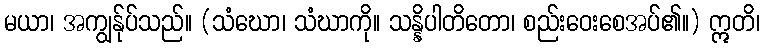
မယာ၊ အကျွန်ုပ်သည်။ (သံဃော၊ သံဃာကို။ သန္နိပါတိတော၊ စည်းဝေးစေအပ်၏။) ဣတိ၊